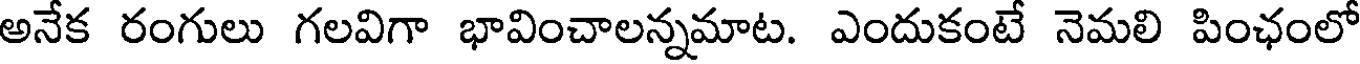
అనేక రంగులు గలవిగా భావించాలన్నమాట. ఎందుకంటే నెమలి పింఛంలో